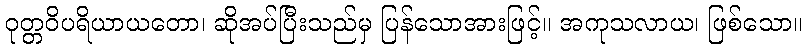
ဝုတ္တဝိပရိယာယတော၊ ဆိုအပ်ပြီးသည်မှ ပြန်သောအားဖြင့်။ အကုသလာယ၊ ဖြစ်သော။